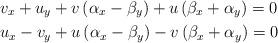
LaTeX: \begin{align*} & {{v}_{x}}+{{u}_{y}}+v\left( {{\alpha }_{x}}-{{\beta }_{y}} \right)+u\left( {{\beta }_{x}}+{{\alpha }_{y}} \right)=0 \\ & {{u}_{x}}-{{v}_{y}}+u\left( {{\alpha }_{x}}-{{\beta }_{y}} \right)-v\left( {{\beta }_{x}}+{{\alpha }_{y}} \right)=0 \end{align*}